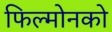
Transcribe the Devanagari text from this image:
फिल्मोनको